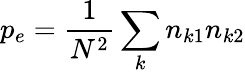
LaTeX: p_{e}={\frac{1}{N^{2}}}\sum_{k}n_{k1}n_{k2}